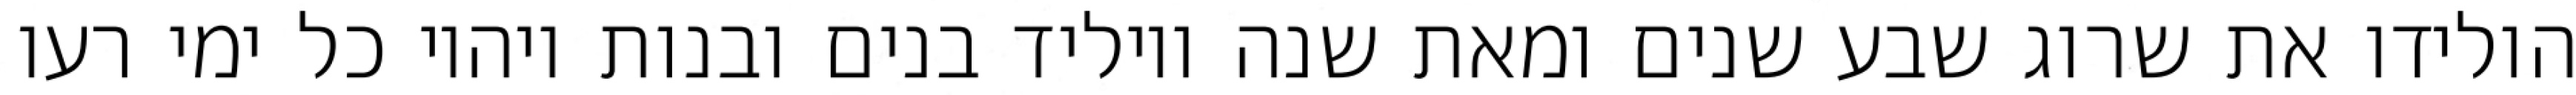
הולידו את שרוג שבע שנים ומאת שנה ויוליד בנים ובנות ויהיו כל ימי רעו